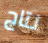
نتاج